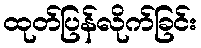
ထုတ်ပြန်လိုက်ခြင်း